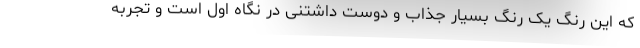
که این رنگ یک رنگ بسیار جذاب و دوست داشتنی در نگاه اول است و تجربه